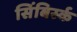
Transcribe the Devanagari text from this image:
सिंबिर्स्क